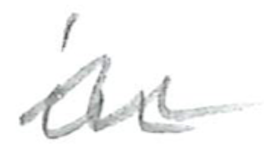
Text: in
Cross-out: wave
Writing tool: pencil